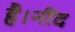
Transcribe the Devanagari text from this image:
है।नींद